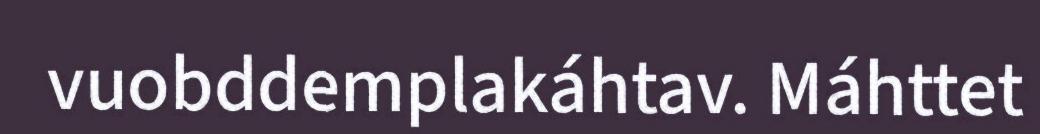
vuobddemplakáhtav. Máhttet